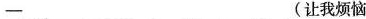
—___ ___ ___ ___ (让我烦恼